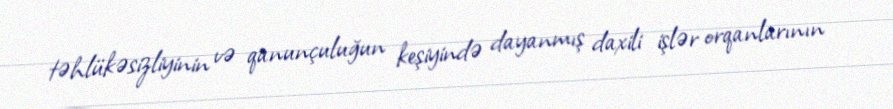
təhlükəsizliyinin və qanunçuluğun keşiyində dayanmış daxili işlər orqanlarının